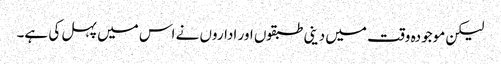
لیکن موجودہ وقت میں دینی طبقوں اور اداروں نے اس میں پہل کی ہے۔